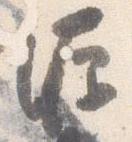
源